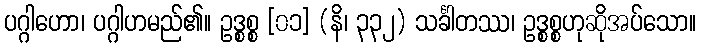
ပဂ္ဂါဟော၊ ပဂ္ဂါဟမည်၏။ ဥဒ္စစ္စ [၀၁] (နိ၊ ၃၃၂) သင်္ခါတဿ၊ ဥဒ္စစ္စဟုဆိုအပ်သော။